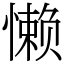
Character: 懒